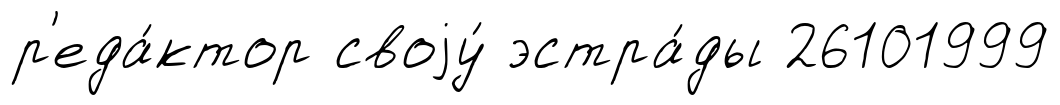
р'еда́ктор своjу́ эстра́ды 26101999